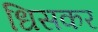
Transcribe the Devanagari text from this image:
धिसकर